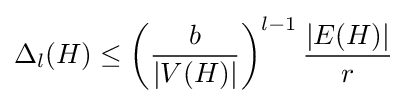
\Delta _{l}(H)\leq \left({\frac {b}{|V(H)|}}\right)^{l-1}{\frac {|E(H)|}{r}}